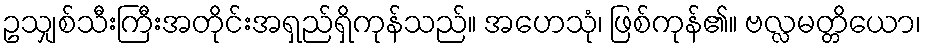
ဥသျှစ်သီးကြီးအတိုင်းအရှည်ရှိကုန်သည်။ အဟေသုံ၊ ဖြစ်ကုန်၏။ ဗလ္လမတ္တိယော၊